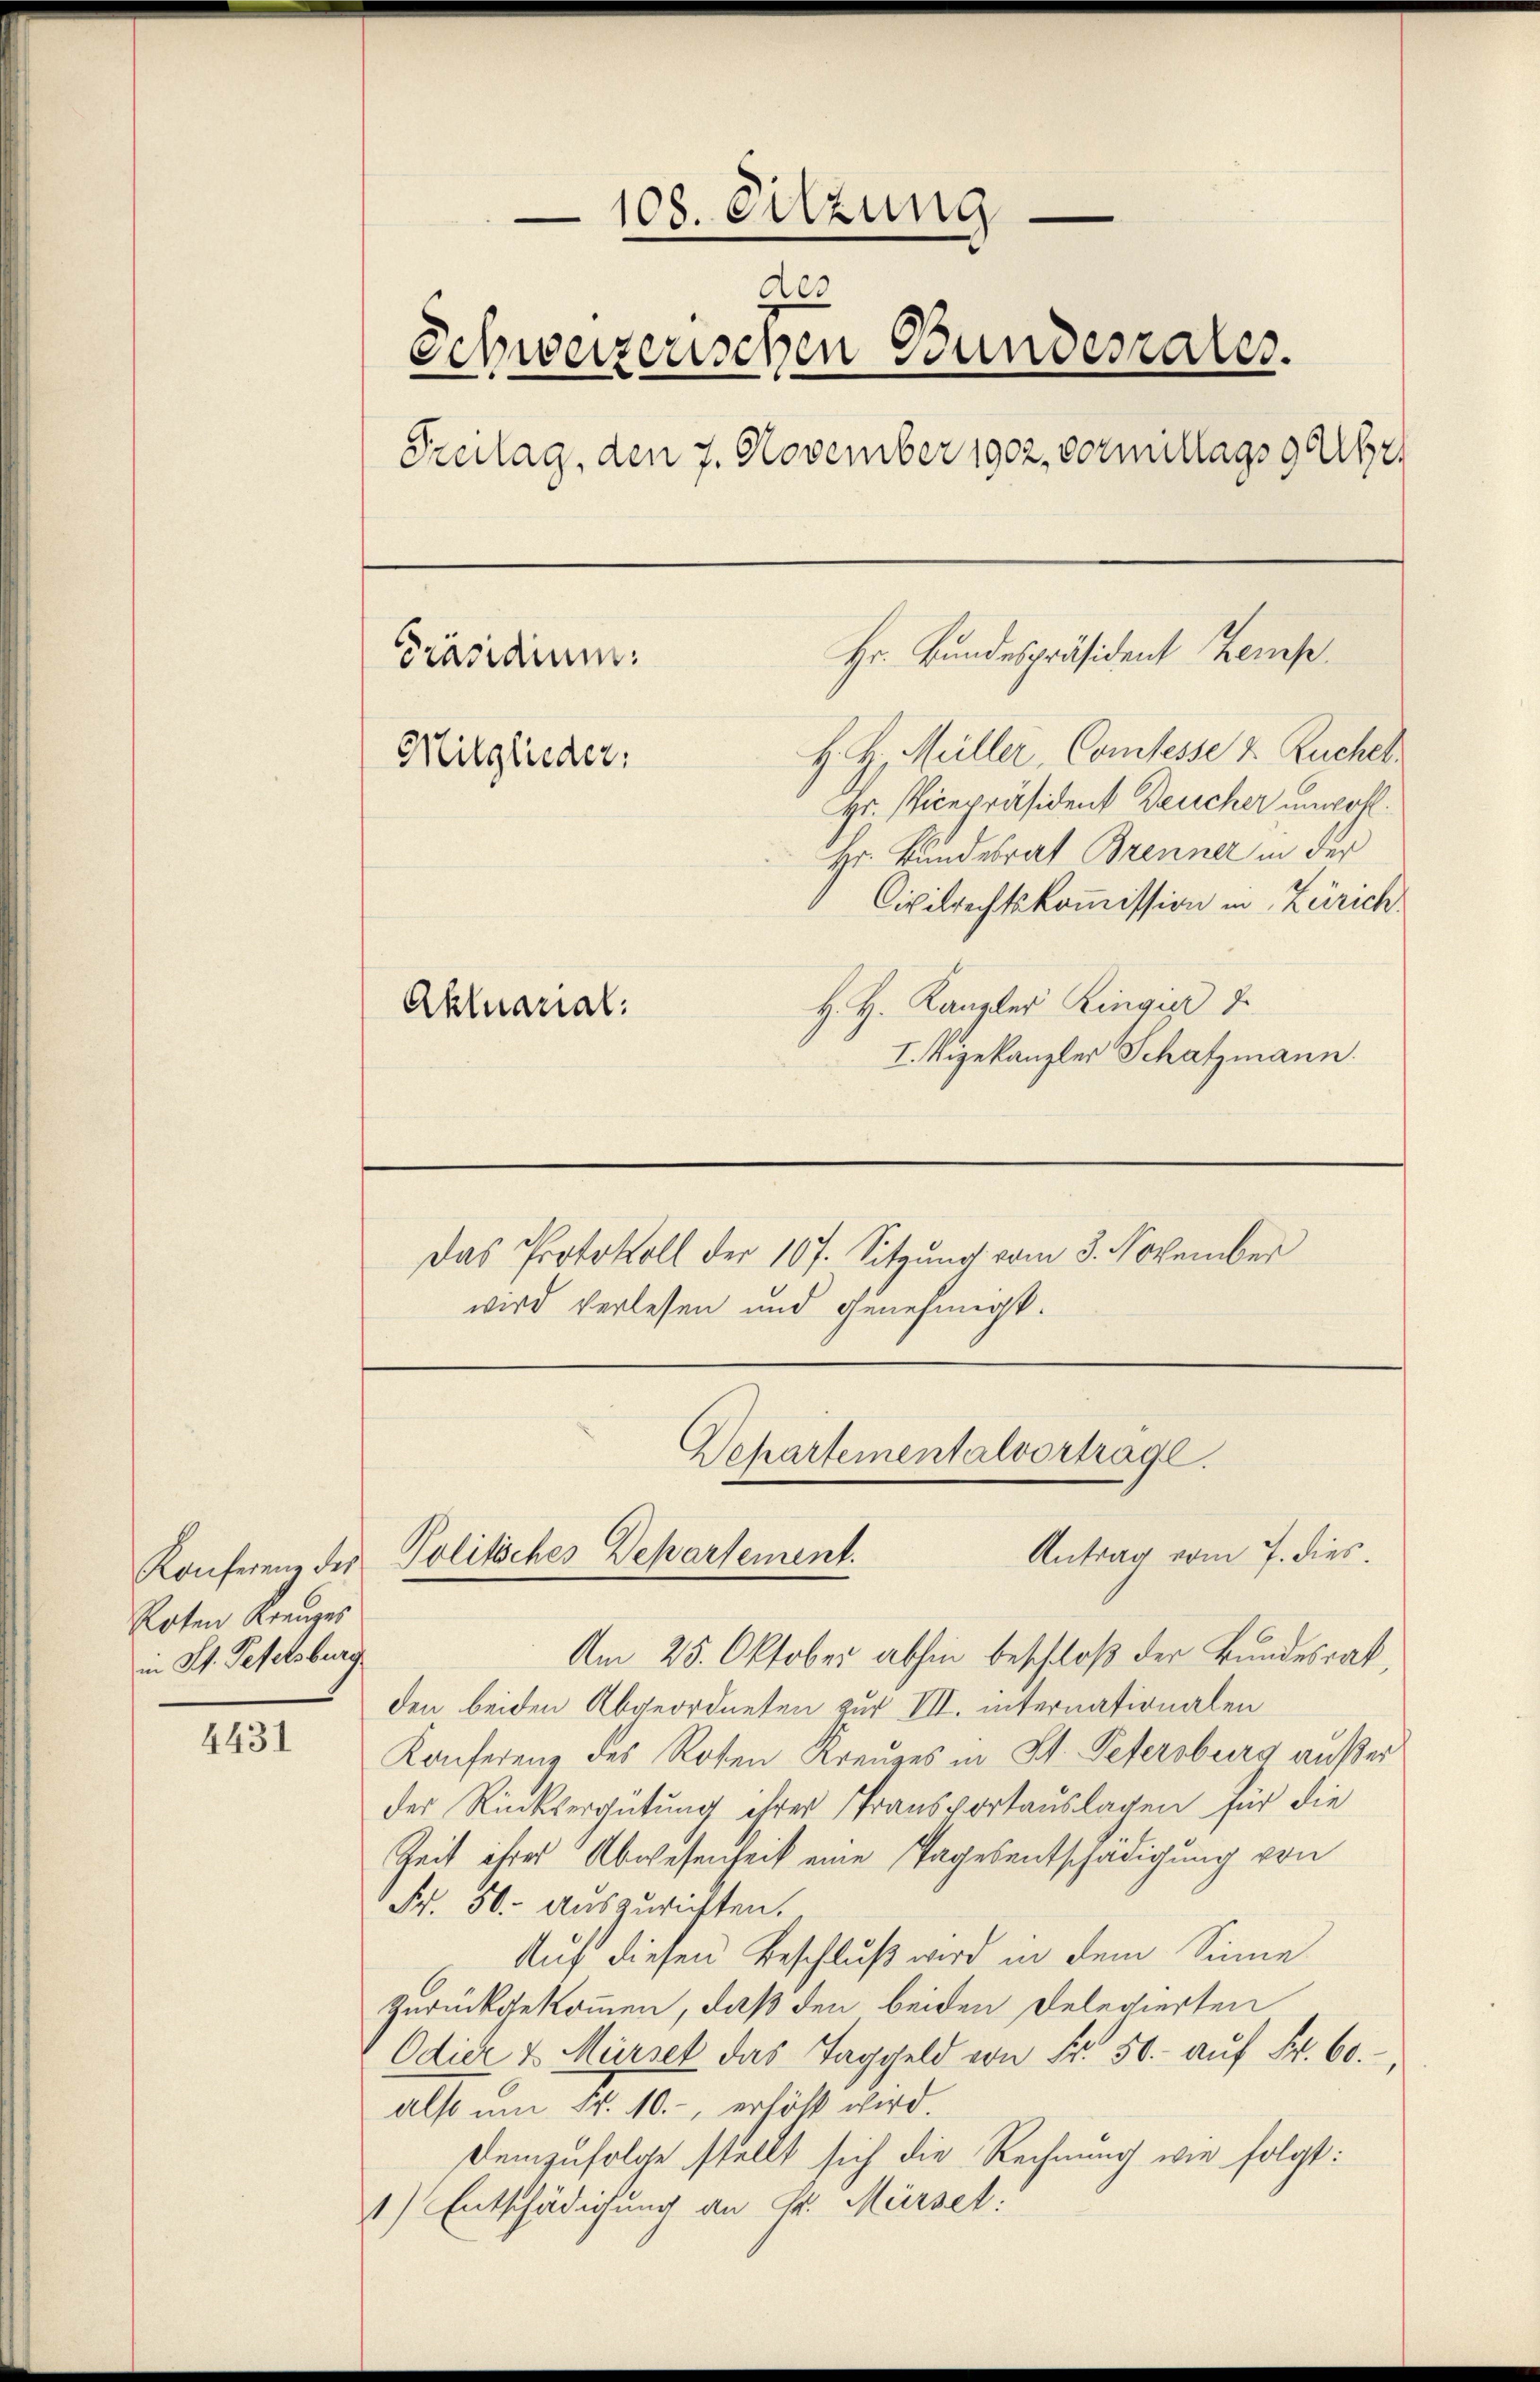
Roten Kreuzes
in St. Geselsburg

4431

108. Sitzung
des
Schweizerischen Bundesrates.
Freitag, den 7. November 1902, vormullags 94482
Hr. Bundespräsident temp
Präsidium
H. H. Müller, Comtesse & Ruchel
Mitglieder
Hr. Vicepräsident Deucher unwohl.
Hr. Bundesrat Brenner in der
Civilrechtskommission in Zürich.
H. H. Kanzler Ringier
Aktuarial:
I. Vizekanzler Schatzmann.

Am 25. Oktober abhin beschloß der Bundesrat,
den beiden Abgeordneten zur VII. internationalen
Konferenz des Roten Kreuzes in St. Petersburg außer
der Rücksergütung ihrer Transportauslagen für die
Zeit ihres Abwesenheit eine Tagesentschädigung von
Fr. 50. auszurichten.
Auf diesen Beschluß wird in dem Sinne
zurückgekommen, daß den beiden Delegierten
Odier & Mürset das Taggeld von Fr. 50. aŭf Fr. 60.
also um Fr. 10.-, erhöht wird.
Demzufolge stellt sich die Rechnung wie folgt:
1) Entschädigung an Sr. Mürzet:

Das Protokoll der 107. Sitzung vom 3. November
wird verlesen und genehmigt.

Departementalvortragl.
Antrag vom 7. dies
Konferenz des Politsches Departement.